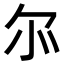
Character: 𫹬